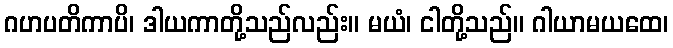
ဂဟပတိကာပိ၊ ဒါယကာတို့သည်လည်း။ မယံ၊ ငါတို့သည်။ ဂါယာမယထေ၊